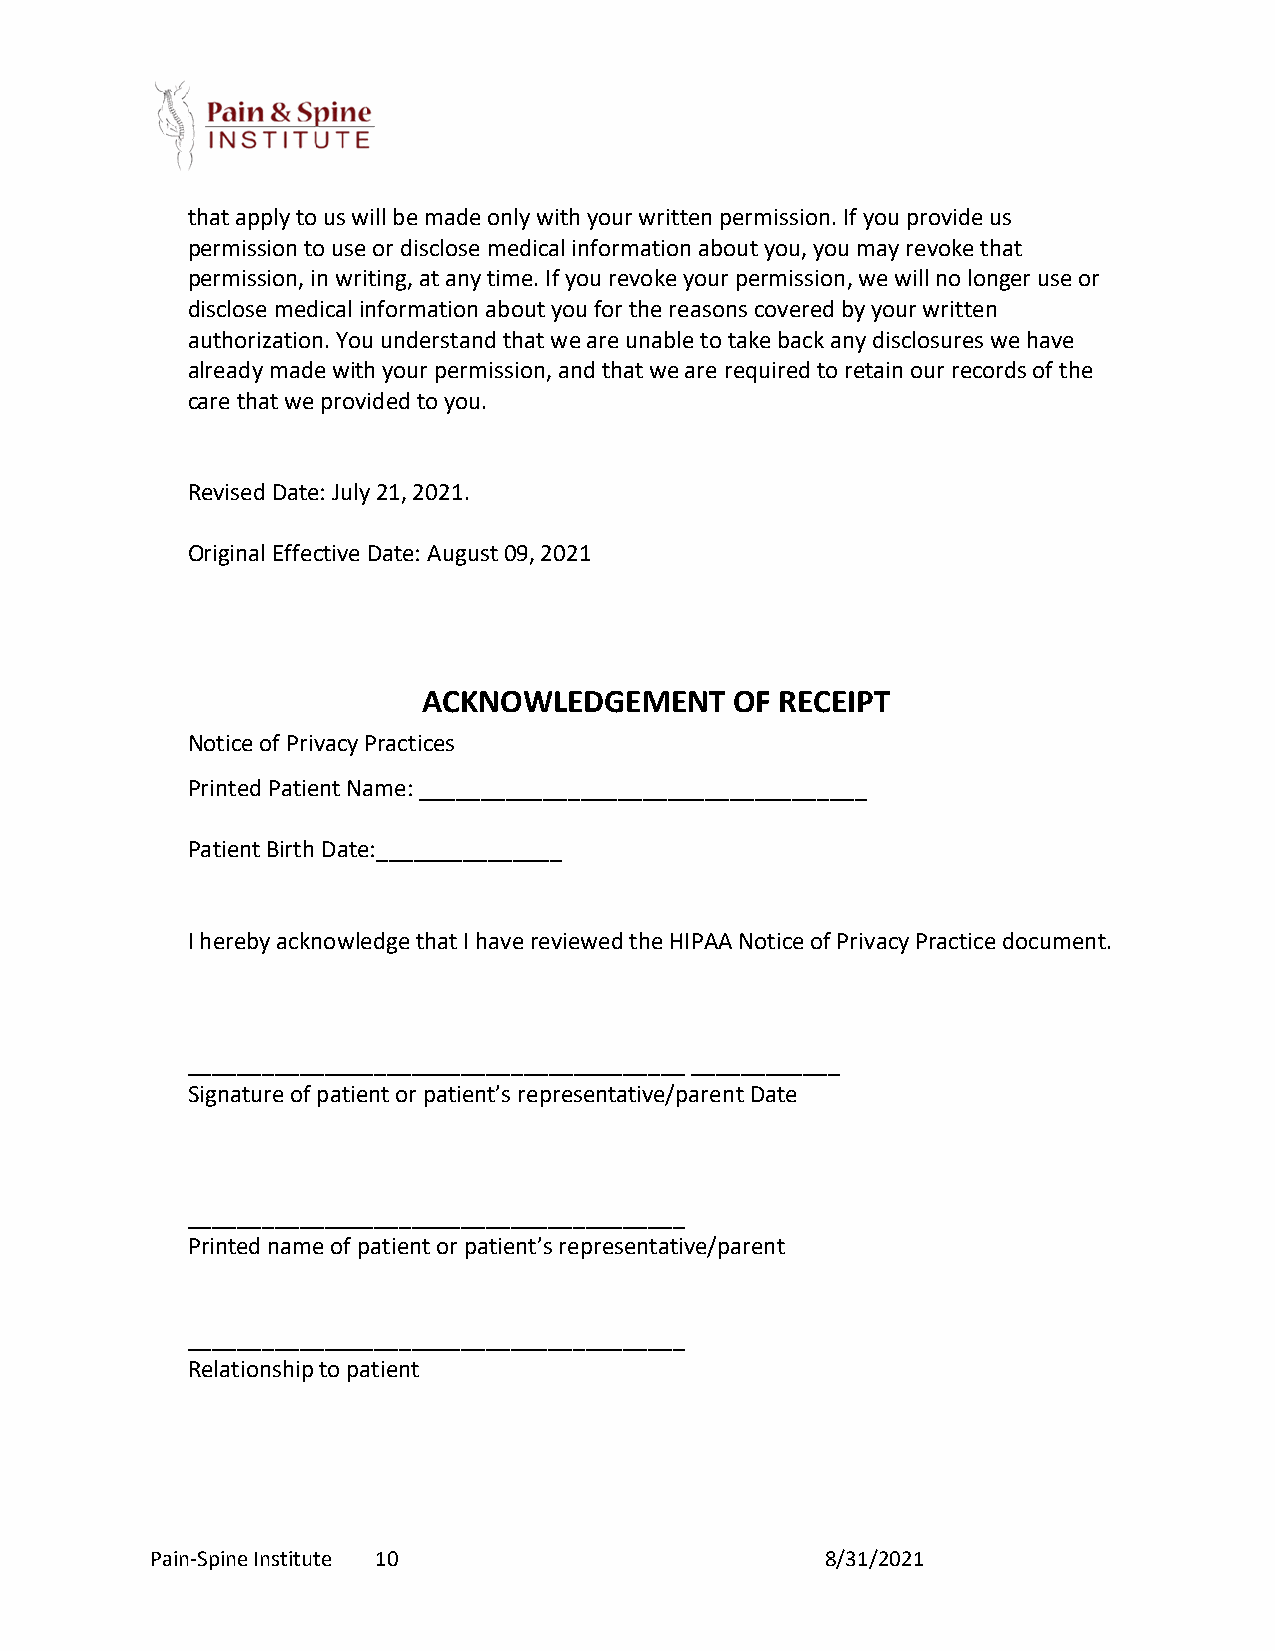
that apply to us will be made only with your written permission. If you provide us
 permission to use or disclose medical information about you, you may revoke that
 permission, in writing, at any time. If you revoke your permission, we will no longer use or
 disclose medical information about you for the reasons covered by your written
 authorization. You understand that we are unable to take back any disclosures we have
 already made with your permission, and that we are required to retain our records of the
 care that we provided to you.
 Revised Date: July 21, 2021.
 Original Effective Date: August 09, 2021
 ACKNOWLEDGEMENT      OF RECEIPT
 Notice of Privacy Practices
 Printed Patient Name: ____________________________________
 Patient Birth Date:_______________
 I hereby acknowledge that I have reviewed the HIPAA Notice of Privacy Practice document.
 ________________________________________ ____________
 Signature of patient or patient’s representative/parent Date
 ________________________________________
 Printed name of patient or patient’s representative/parent
 ________________________________________
 Relationship to patient
 Pain-Spine Institute 10                      8/31/2021